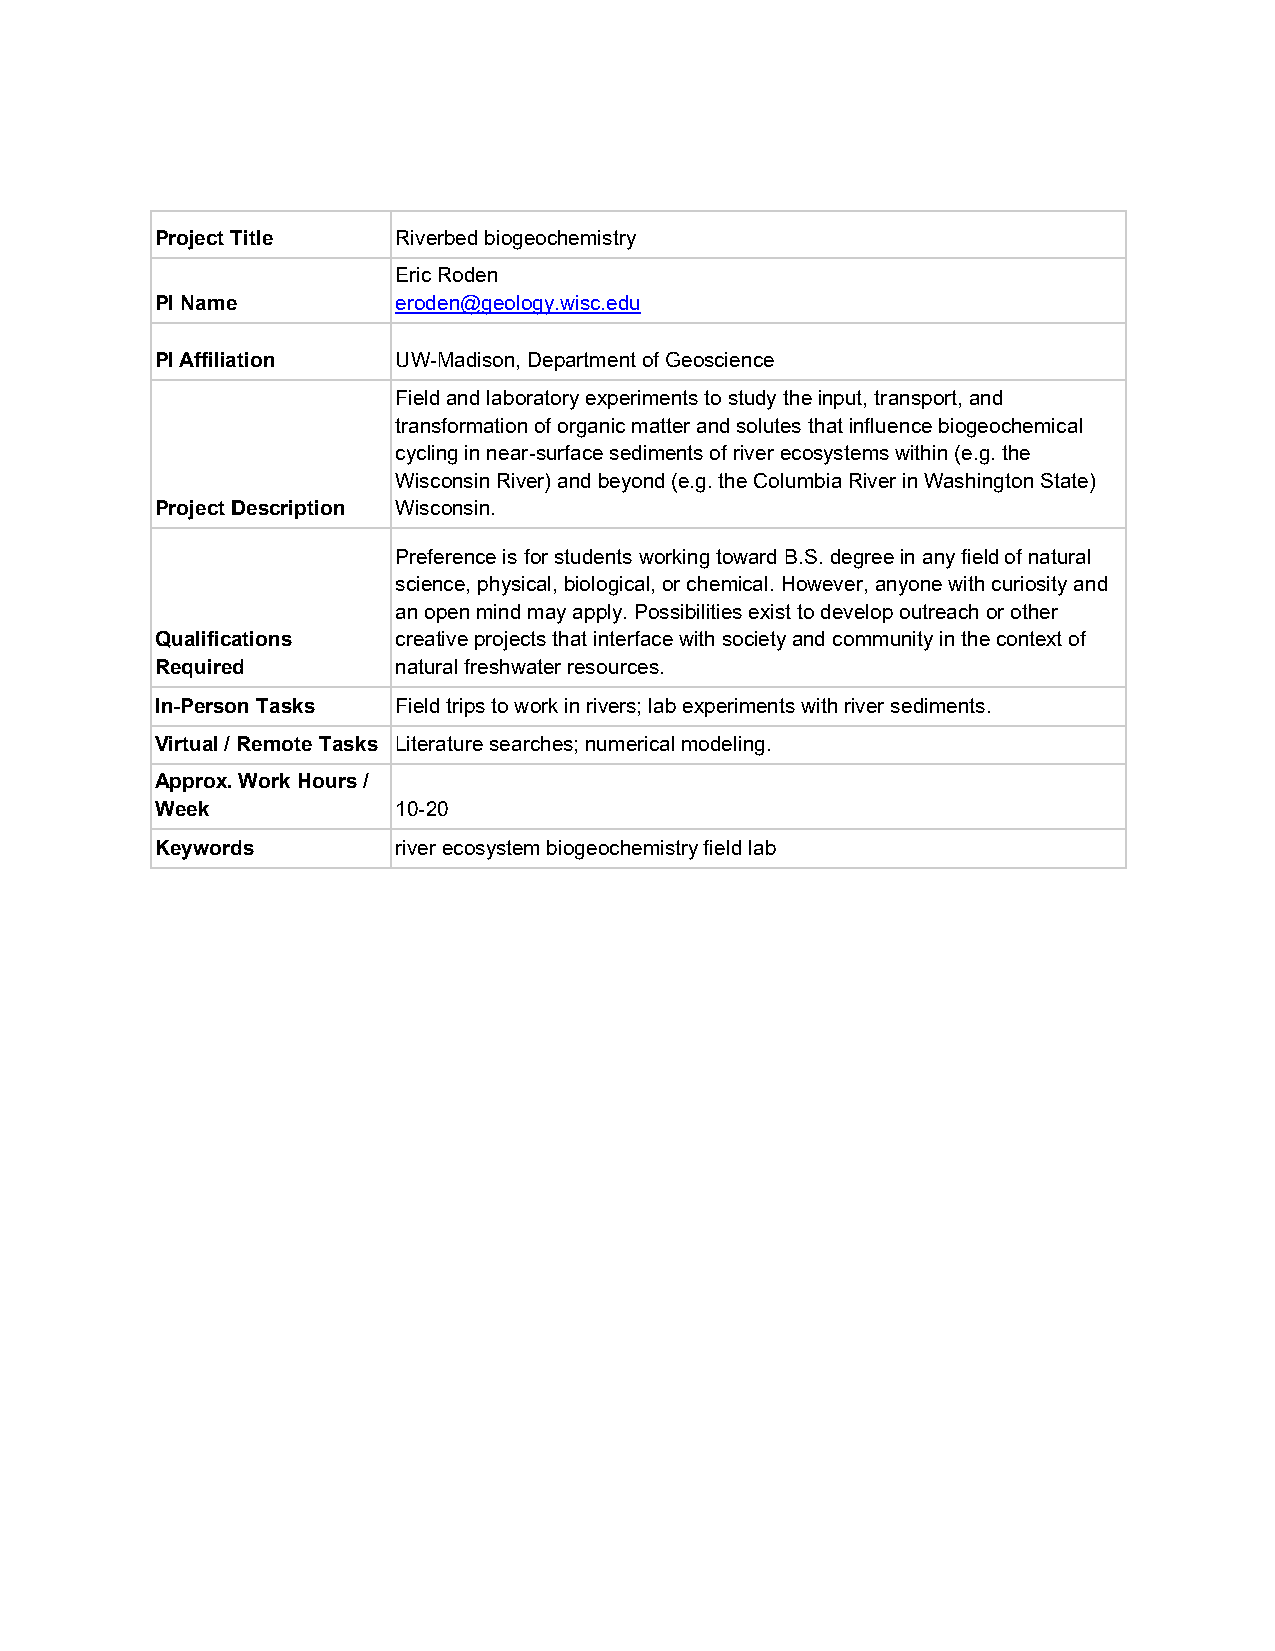
Project Title   Riverbed biogeochemistry
 Eric Roden
 PI Name         eroden@geology.wisc.edu
 PI Affiliation  UW-Madison, Department of Geoscience
 Field and laboratory experiments to study the input, transport, and
 transformation of organic matter and solutes that influence biogeochemical
 cycling in near-surface sediments of river ecosystems within (e.g. the
 Wisconsin River) and beyond (e.g. the Columbia River in Washington State)
 Project Description Wisconsin.
 Preference is for students working toward B.S. degree in any field of natural
 science, physical, biological, or chemical. However, anyone with curiosity and
 an open mind may apply. Possibilities exist to develop outreach or other
 Qualifications  creative projects that interface with society and community in the context of
 Required        natural freshwater resources.
 In-Person Tasks Field trips to work in rivers; lab experiments with river sediments.
 Virtual / Remote Tasks Literature searches; numerical modeling.
 Approx. Work Hours /
 Week            10-20
 Keywords        river ecosystem biogeochemistry field lab